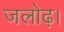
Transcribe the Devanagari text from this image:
जलोढ़।